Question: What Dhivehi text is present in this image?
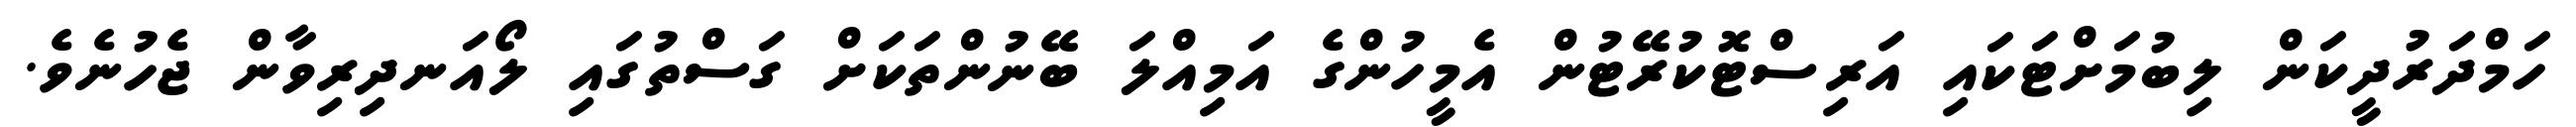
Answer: ހަމްދަރުދީކަން ލިބުމަށްޓަކައި އަރިސްޓޮކުރޭޓުން އެމީހުންގެ އަމިއްލަ ބޭނުންތަކަށް ގަސްތުގައި ލޯއަނދިރިވާން ޖެހުނެވެ.